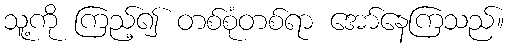
သူ့ကို ကြည့်၍ တစ်စုံတစ်ရာ အော်နေကြသည်။